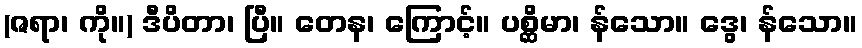
(ဇရာ၊ ကို။) ဒီပိတာ၊ ပြီ။ တေန၊ ကြောင့်။ ပစ္ဆိမာ၊ န်သော။ ဒွေ၊ န်သော။